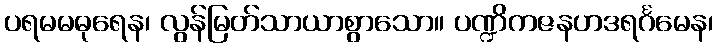
ပရမမဓုရေန၊ လွန်မြတ်သာယာစွာသော။ ပဏ္ဍိကဇနဟဒရင်္ဂမေန၊